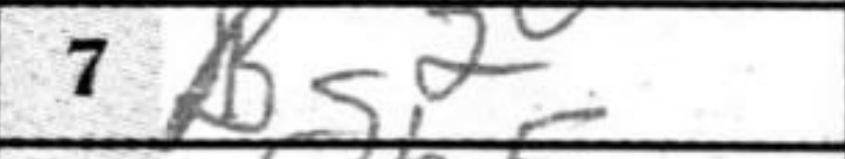
Transcription: Bg2